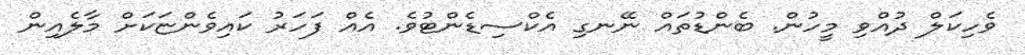
ވެހިކަލް ދުއްވި މީހުން. ބެންޑުތައް ނޭނގި އެކްސިޑެންޓުވެ. އެއް ފަހަރު ކައިވެންޏަކަށް މާލެއިން